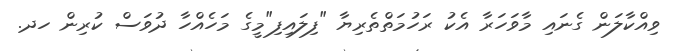
ވިއްކާލަން ގެނައި މާވަހަރާ އެކު ރަހުމަތްތެރިޔާ "ފިލައިފި"މީގެ މަހެއްހާ ދުވަސް ކުރިން ހދ.